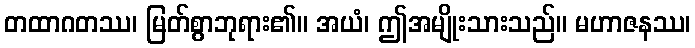
တထာဂတဿ၊ မြတ်စွာဘုရား၏။ အယံ၊ ဤအမျိုးသားသည်။ မဟာဇနဿ၊